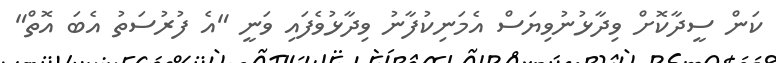
ކަން ސީދާކޮށް ވިދާޅުނުވިޔަސް އެމަނިކުފާނު ވިދާޅުވެފައި ވަނީ "އެ ފުރުސަތު އެބަ އޮތް"